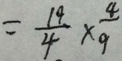
= \frac { 1 9 } { 4 } \times \frac { 4 } { 9 }